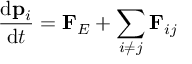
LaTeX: { \frac { \mathrm { d } \mathbf { p } _ { i } } { \mathrm { d } t } } = \mathbf { F } _ { E } + \sum _ { i \neq j } \mathbf { F } _ { i j }